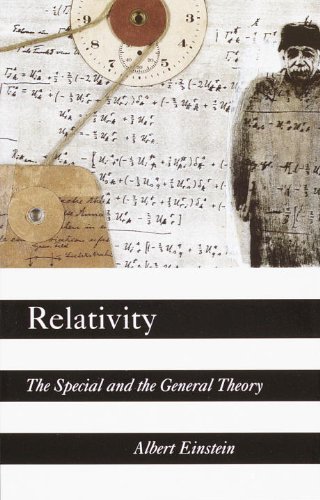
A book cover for Relativity: The Special and the General Theory; Albert Einstein; Science & Math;